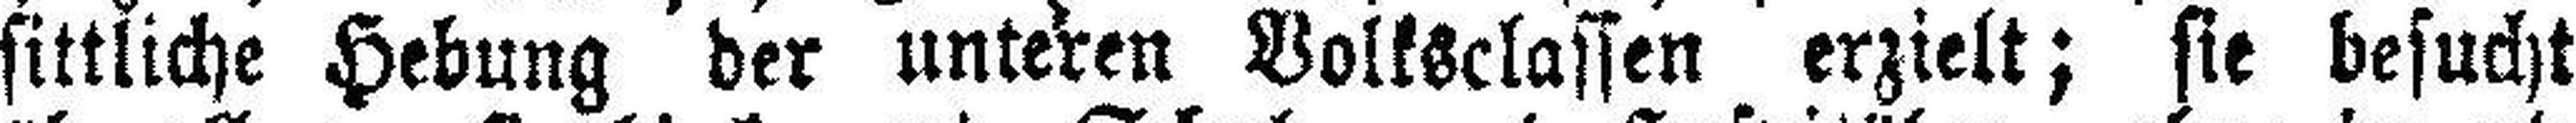
sittliche Hebung der unteren Volksclassen erzielt; sie besucht